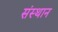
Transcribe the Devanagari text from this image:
संस्थान